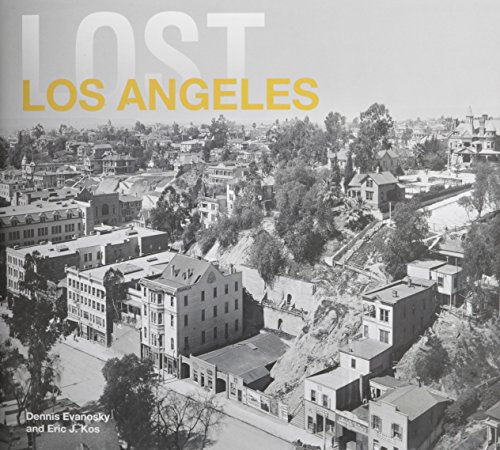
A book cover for Lost Los Angeles; Dennis Evanovsky; Arts & Photography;